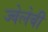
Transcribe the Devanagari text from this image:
ज्वेलेबी